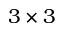
3 \times 3